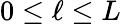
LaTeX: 0\le\ell\le L